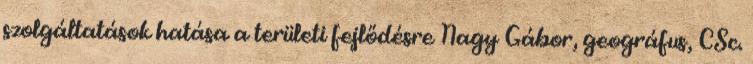
szolgáltatások hatása a területi fejlődésre Nagy Gábor, geográfus, CSc.